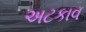
અટકાવ